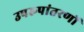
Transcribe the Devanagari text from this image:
उपरूपांतरणों